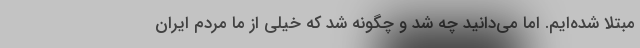
مبتلا شده‌ایم. اما می‌دانید چه شد و چگونه شد که خیلی از ما مردم ایران